Leningradi_Edasi_toimetus, lk 218
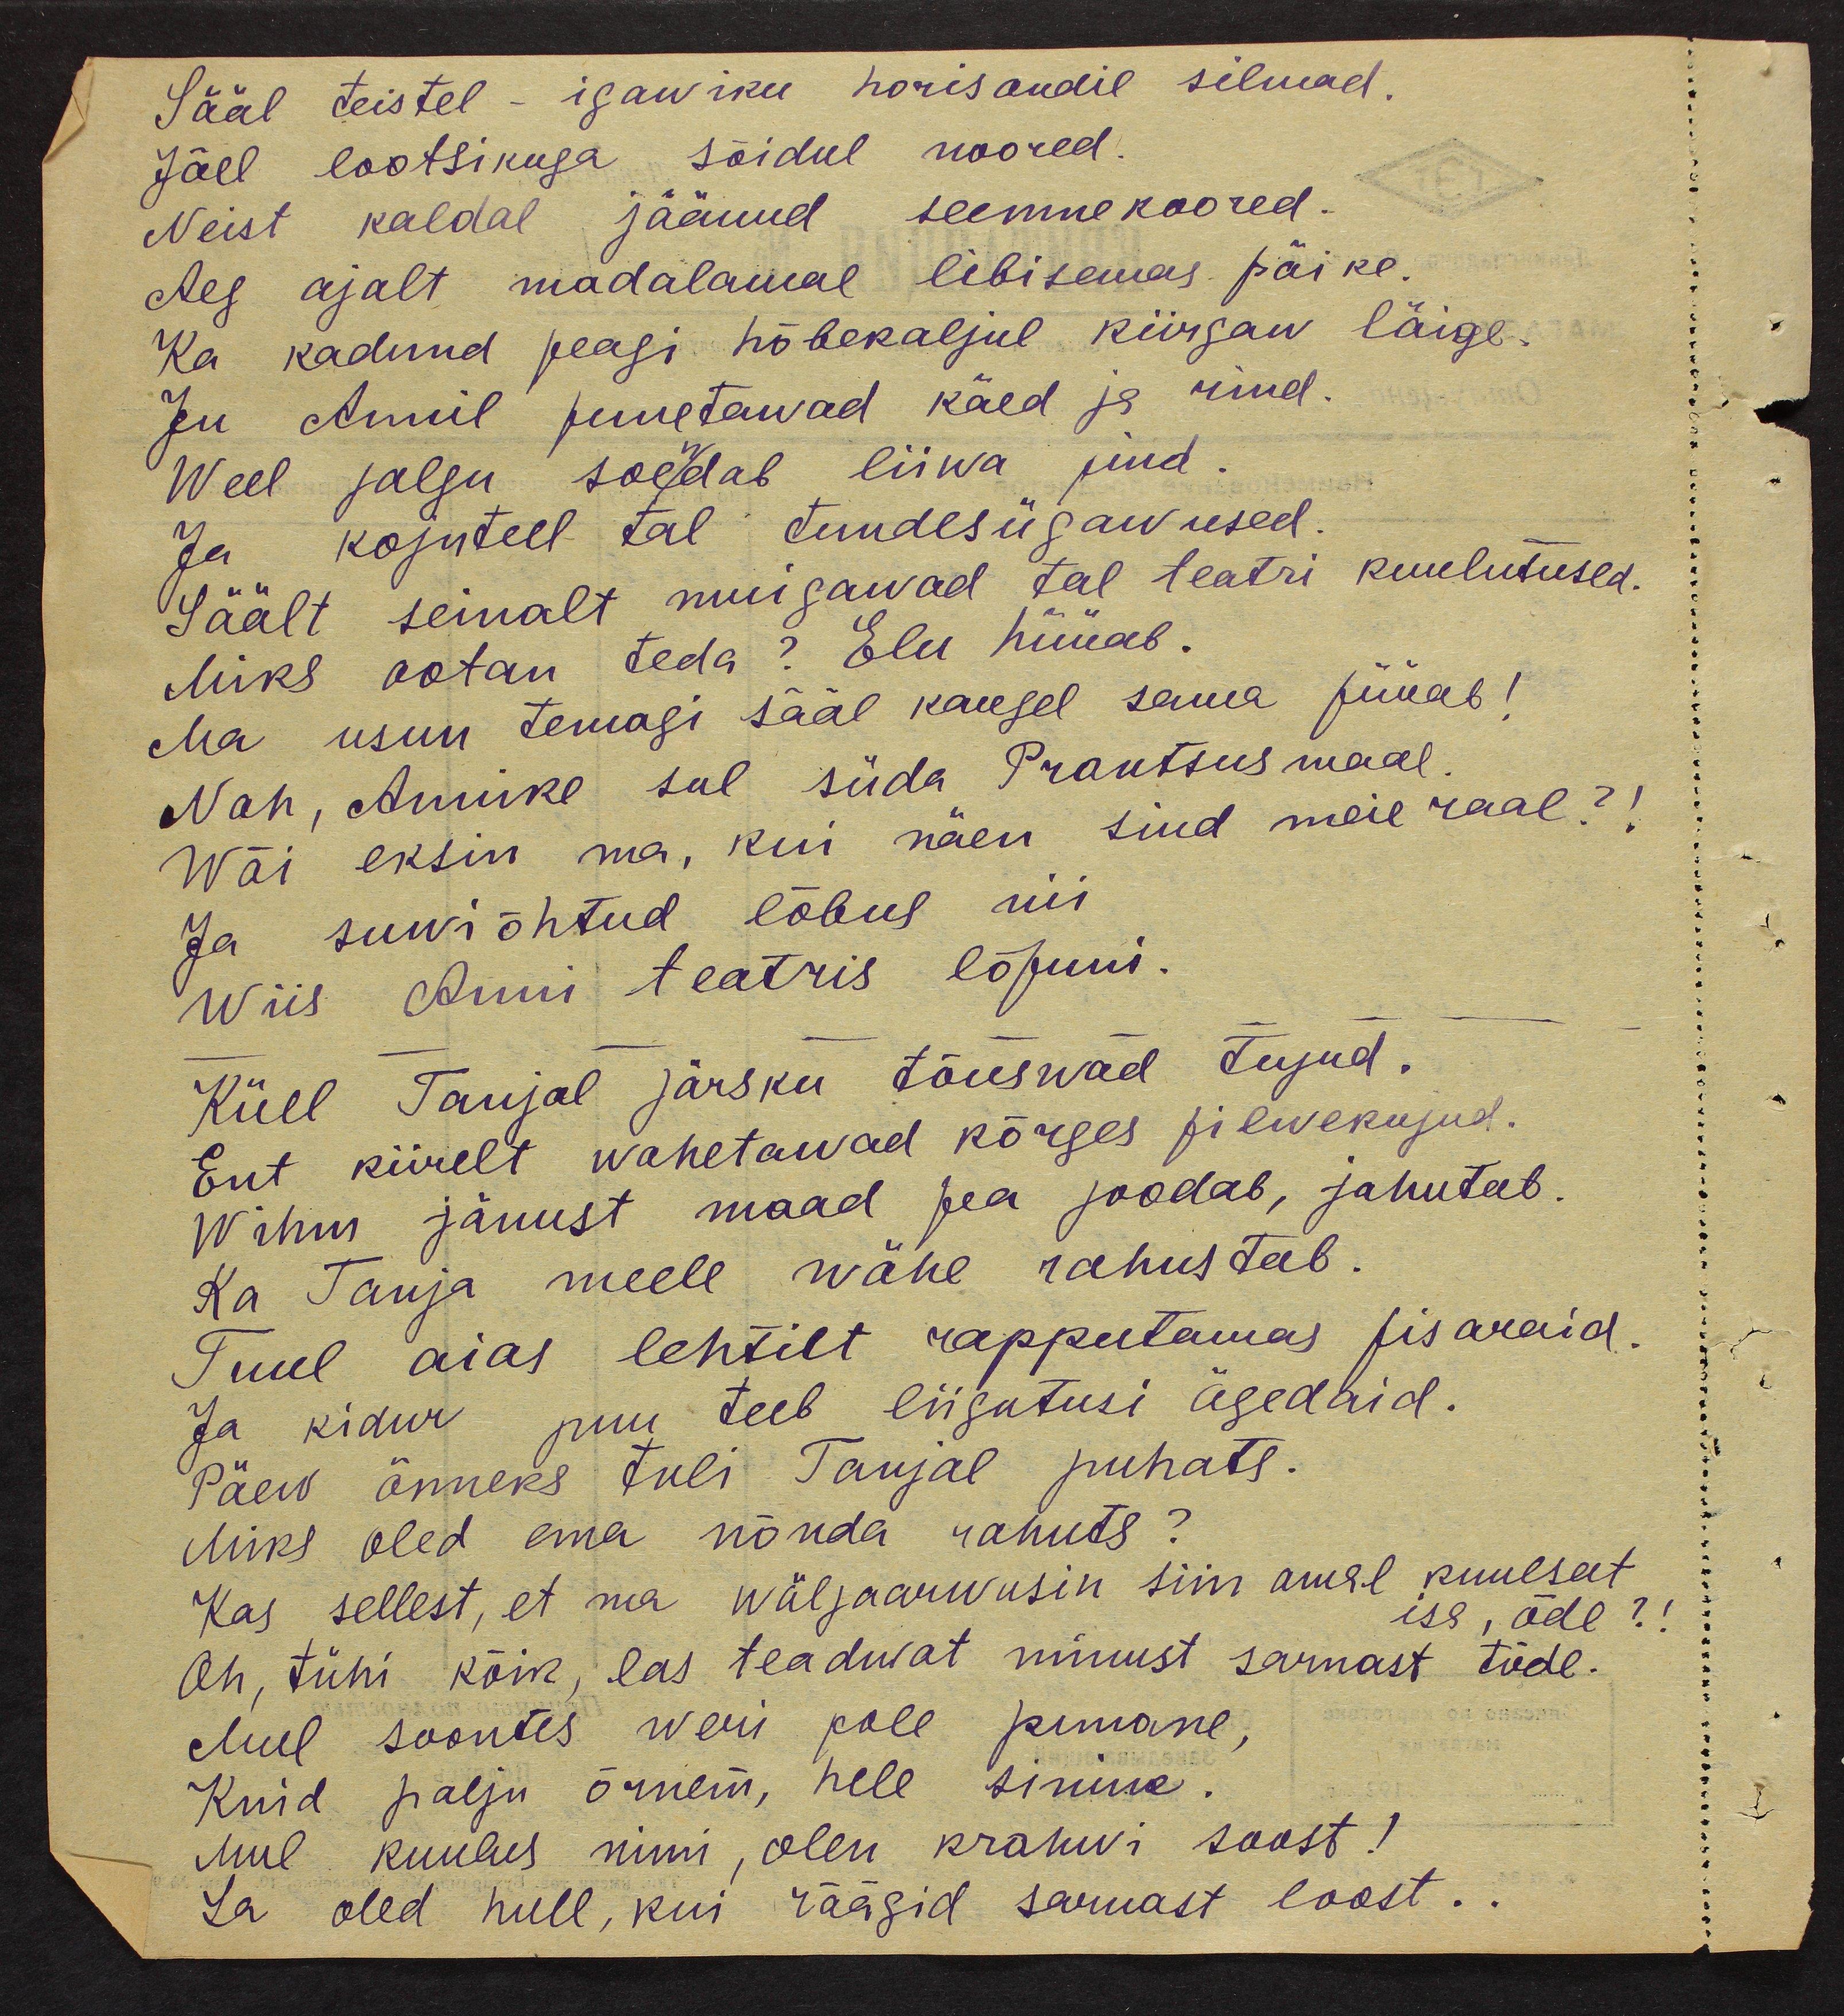
Sääl teistel - igawiku horisondil silmad.
Jõel lootsikuga sõidul noored.
Neist kaldal jäänud seemnekoored.
Aeg ajalt madalamal libisemas päike.
Ka kadund peagi hõbekaljul kiirgaw läige.
Ju Annil punetawad käed ja rind.
Weel jalgu soendab liiwa pind.
Ja kojuteel tal tundesügawused.
Säält seinalt muigawad tal teatri kuulutused.
Miks ootan teda? Elu hüüab.
Ma usun temagi sääl kaugel sama püüab!
Nah, Annike sul süda Prantsusmaal.
Wõi eksin ma, kui näen sind meie raal?!
Ja suviõhtud lõbus nii
Wiis Anni teatris lõpuni.
Küll Tanjal järsku tõuswad tujud.
Ent kiirelt wahetawad kõrges pilwekujud.
Wihm jänust maad pea joodab, jahutab.
Ka Tanja meele wähe rahustab.
Tuul aias lehtilt rapputamas pisaraid.
Ja kidur puu teeb liigutusi ägedaid.
Päew õnneks tuli Tanjal puhata.
Miks oled ema nõnda rahuta?
Kas sellest, et ma wäljaarwusin siin omal kuulsat
isa, õde?!
Oh, tühi kõik, las teaduvat minust sarnast tõde
Mul soontes weri pole punane,
Kuid palju õrnem, hele sinine.
mul kuulus nimi olen krahvi soost!
Sa oled hull, kui räägid sarnast loost...